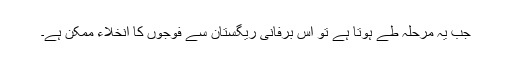
جب یہ مرحلہ طے ہوتا ہے تو اس برفانی ریگستان سے فوجوں کا انخلاء ممکن ہے۔